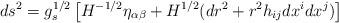
LaTeX: \begin{align*}ds^2 = g_s^{1/2} \left[H^{-1/2} \eta_{\alpha \beta} + H^{1/2} (dr^2 + r^2 h_{ij} dx^i dx^j)\right]\end{align*}